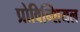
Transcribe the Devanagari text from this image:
प्रोविन्शियल